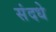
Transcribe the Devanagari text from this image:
संदधे